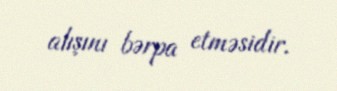
alışını bərpa etməsidir.